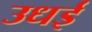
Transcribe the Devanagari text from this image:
उधई